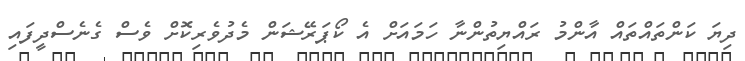
ދިޔަ ކަންތައްތައް އާންމު ރައްޔިތުންނާ ހަމައަށް އެ ކޯޕަރޭޝަން މެދުވެރިކޮށް ވެސް ގެނެސްދީފައި